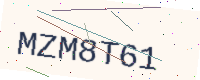
Text: MZM8T61